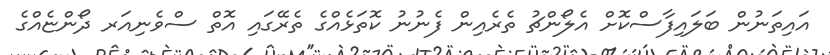
އައިތަނުން ބަލައިފާސްކޮށް އެލޯންޗު ތެރެއިން ފެނުނު ކޮތަޅެއްގެ ތެރޭގައި އޮތް ސްވެނިއަރ ދޯންޏެއްގެ